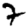
Digit: 7